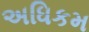
અધિકમ